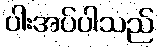
ပါးအပ်ပါသည်